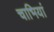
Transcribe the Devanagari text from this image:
चाभियां